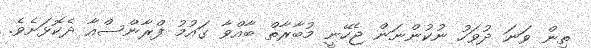
ތިން ވަނަ ދުވަހު ނުކުންނަން ޖެހޭނީ މުބާރާތް ބާއްވާ ގައުމު ފްރާންސްއާ ދެކޮޅަށެވެ.